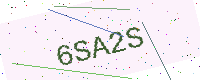
Text: 6SA2S